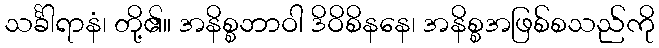
သင်္ခါရာနံ၊ တို့၏။ အနိစ္စဘာဝါ ဒိဝိစိနနေ၊ အနိစ္စအဖြစ်စသည်ကို